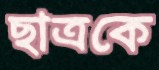
ছাত্রকে